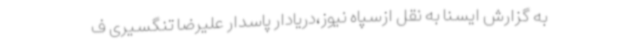
به گزارش ایسنا به نقل ازسپاه نیوز،دریادار پاسدار علیرضا تنگسیری ف